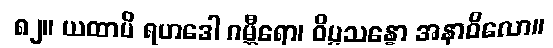
၈၂။ ယထာပိ ရဟဒေါ ဂမ္ဘီရော၊ ဝိပ္ပသန္နော အနာဝိလော။